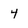
Character: 4